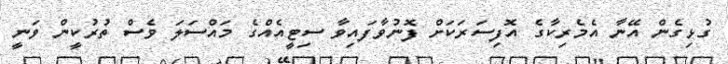
ގުޅިގެން އޭނާ އެމެރިކާގެ އޮފިސަރަކަށް ފޮނުވާފައިވާ ސިޓީއެއްގެ މައްސަލަ ވެސް ތުރުކީން ވަނީ